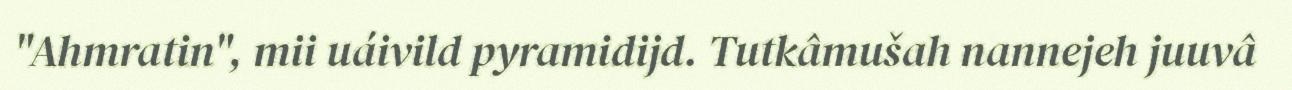
"Ahmratin", mii uáivild pyramidijd. Tutkâmušah nannejeh juuvâ